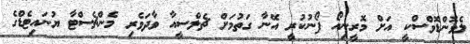
ލެވޮންޑޮވްސްކީ އަށް މޮރީނިއޯ ފޯނުކުރީ އޭނާ ގަތުމަށް ޗެލްސީއާ ވާދަވެރި މެންޗެސްޓާ ޔުނައިޓެޑްގެ